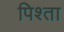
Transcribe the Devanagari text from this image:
पिश्ता